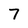
Character: 7